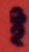
ই